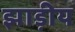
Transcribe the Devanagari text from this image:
झाड़ीय